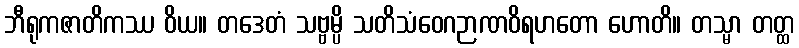
ဘီရုကဇာတိကဿ ဝိယ။ တဒေတံ သဗ္ဗမ္ပိ သတိသံဝေဂဉာဏဝိရဟတော ဟောတိ။ တသ္မာ တတ္ထ